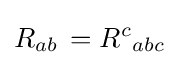
R_{ab}\,=R^{c}{}_{abc}